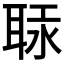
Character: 𦕷